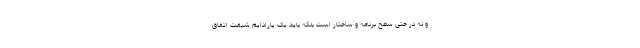
و نه در حتی سطح برنامه و ساختار است بلکه باید یک پارادایم شیفت اتفاق